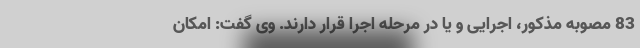
83 مصوبه مذکور، اجرایی و یا در مرحله اجرا قرار دارند. وی گفت: امکان